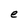
Character: e